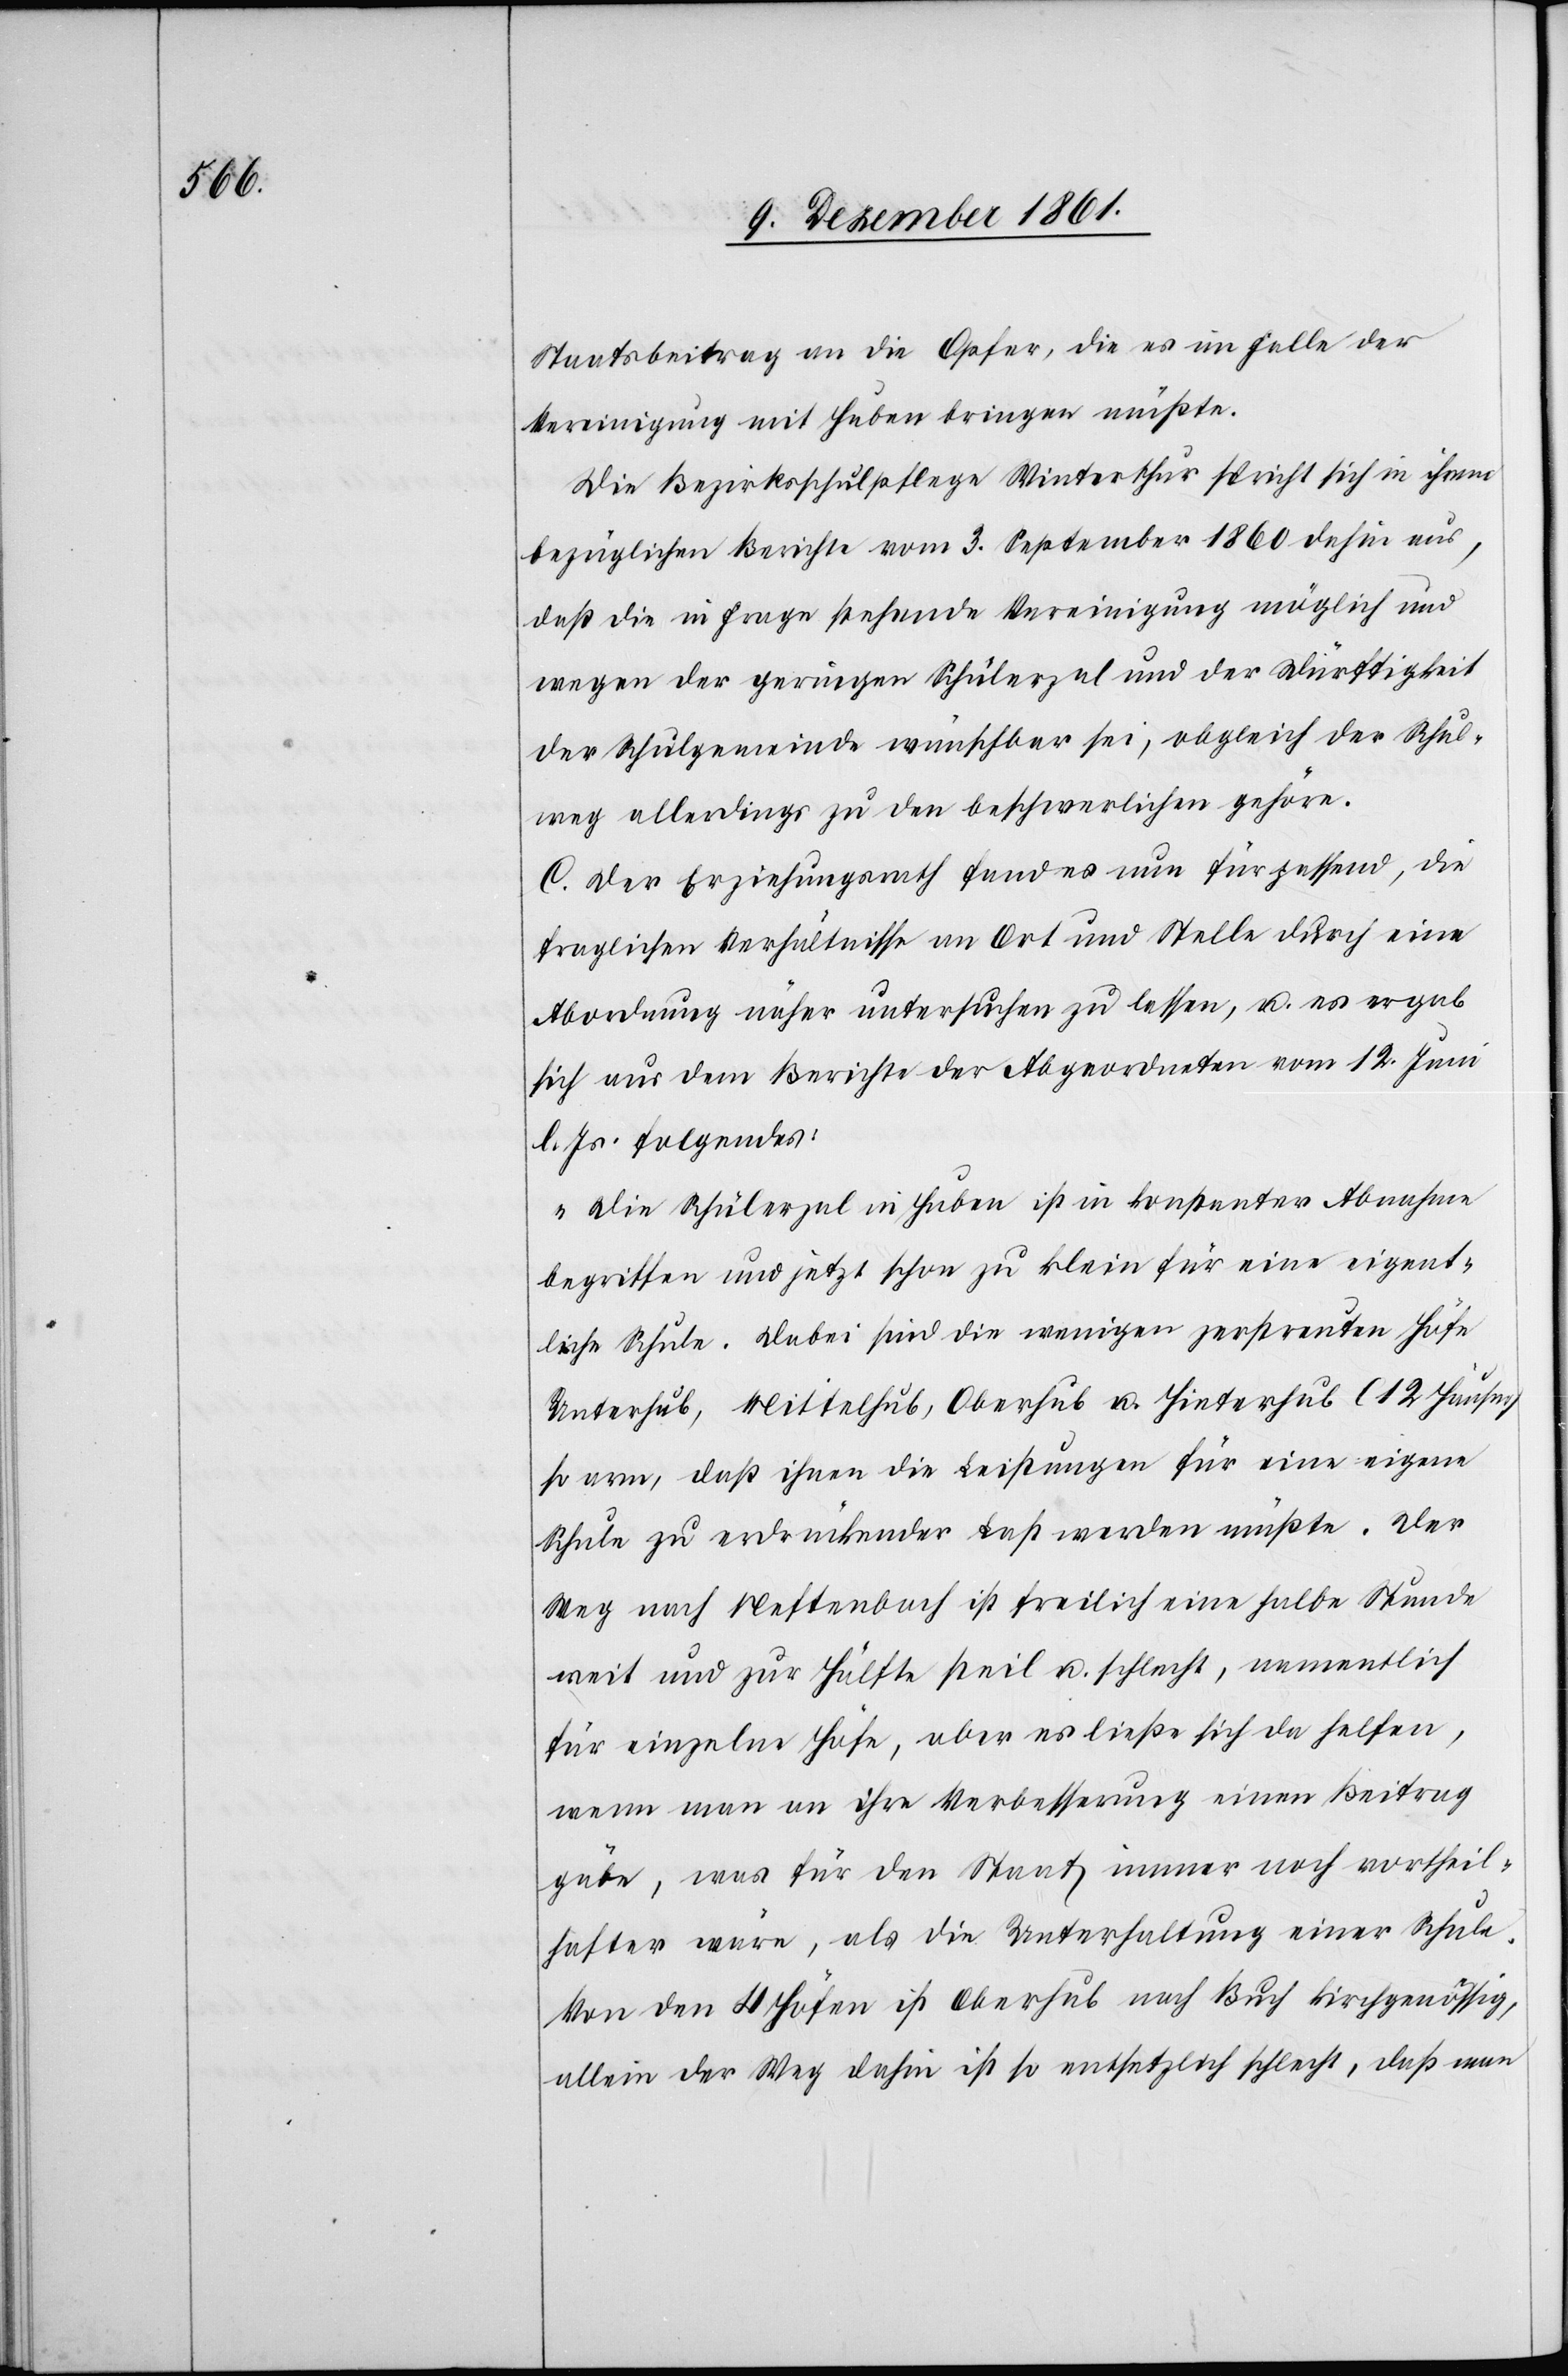
Staatsbeitrag an die Opfer, die es im Falle der
Vereinigung mit Huben bringen müßte.
Die Bezirksschulpflege Winterthur spricht sich in ihrem
bezüglichen Berichte vom 3 September 1860 dahin aus,
daß die in Frage stehende Vereinigung möglich und
wegen der geringen Schülerzal und der Dürftigkeit
der Schulgemeinde wünschbar sei, obgleich der Schul¬
weg allerdings zu den beschwerlichen gehöre.
C. Der Erziehungsrath fand es nun für passend, die
fraglichen Verhältnisse an Ort und Stelle durch eine
Abordnung näher untersuchen zu lassen, u. es ergab
sich aus dem Berichte der Abgeordneten vom 12 Juni
l. Js. folgendes:
„Die Schülerzal in Huben ist in konstanter Abnahme
begriffen und jetzt schon zu klein für eine eigent¬
liche Schule. Dabei sind die wenigen zerstreuten Höfe
Unterhub, Mittelhub, Oberhub u. Hinterhub (12 Häuser)
so arm, daß ihnen die Leistungen für eine eigene
Schule zu erdrückender Last werden müßte. Der
Weg nach Neftenbach ist freilich eine halbe Stunde
weit und zur Hälfte steil u. schlecht, namentlich
für einzelne Höfe, aber es ließe sich da helfen,
wenn man an ihre Verbesserung einen Beitrag
gäbe, was für den Staat immer noch vortheil¬
hafter wäre, als die Unterhaltung einer Schule.
Von den 4 Höfen ist Oberhub nach Buch kirchgenössig,
allein der Weg dahin ist so entsetzlich schlecht, daß man